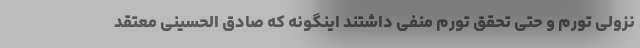
نزولی تورم و حتی تحقق تورم منفی داشتند اینگونه که صادق الحسینی معتقد